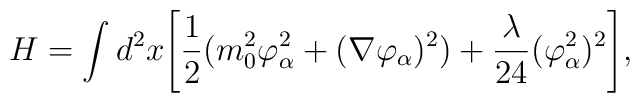
H = \int d^2x \Biggl[{1 \over 2}( m_0^2 \varphi_{\alpha}^2 + (\nabla \varphi_{\alpha})^2) + {\lambda \over 24} (\varphi_{\alpha}^2)^2 \Biggr] ,\\